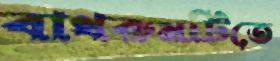
বাথরুমটিতে